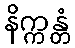
နိက္ကန္တံ